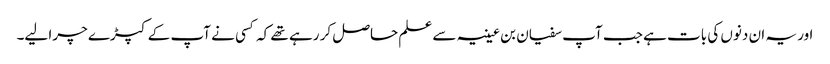
اور یہ ان دنوں کی بات ہے جب آپ سفیان بن عیینہ سے علم حاصل کر رہے تھے کہ کسی نے آپ کے کپڑے چرا لیے۔